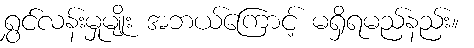
ရွှင်လန်းမှုမျိုး အဘယ်ကြောင့် မရှိရမည်နည်း။